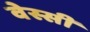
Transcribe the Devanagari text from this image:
वेस्सी